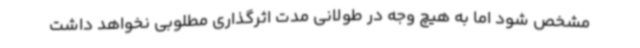
مشخص شود اما به هیچ وجه در طولانی مدت اثرگذاری مطلوبی نخواهد داشت